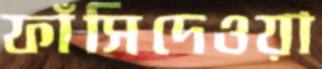
ফাঁসিদেওয়া